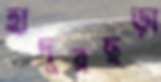
হাদুরছড়া